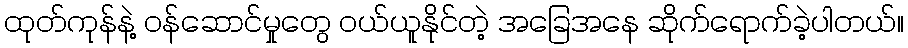
ထုတ်ကုန်နဲ့ ဝန်ဆောင်မှုတွေ ဝယ်ယူနိုင်တဲ့ အခြေအနေ ဆိုက်ရောက်ခဲ့ပါတယ်။